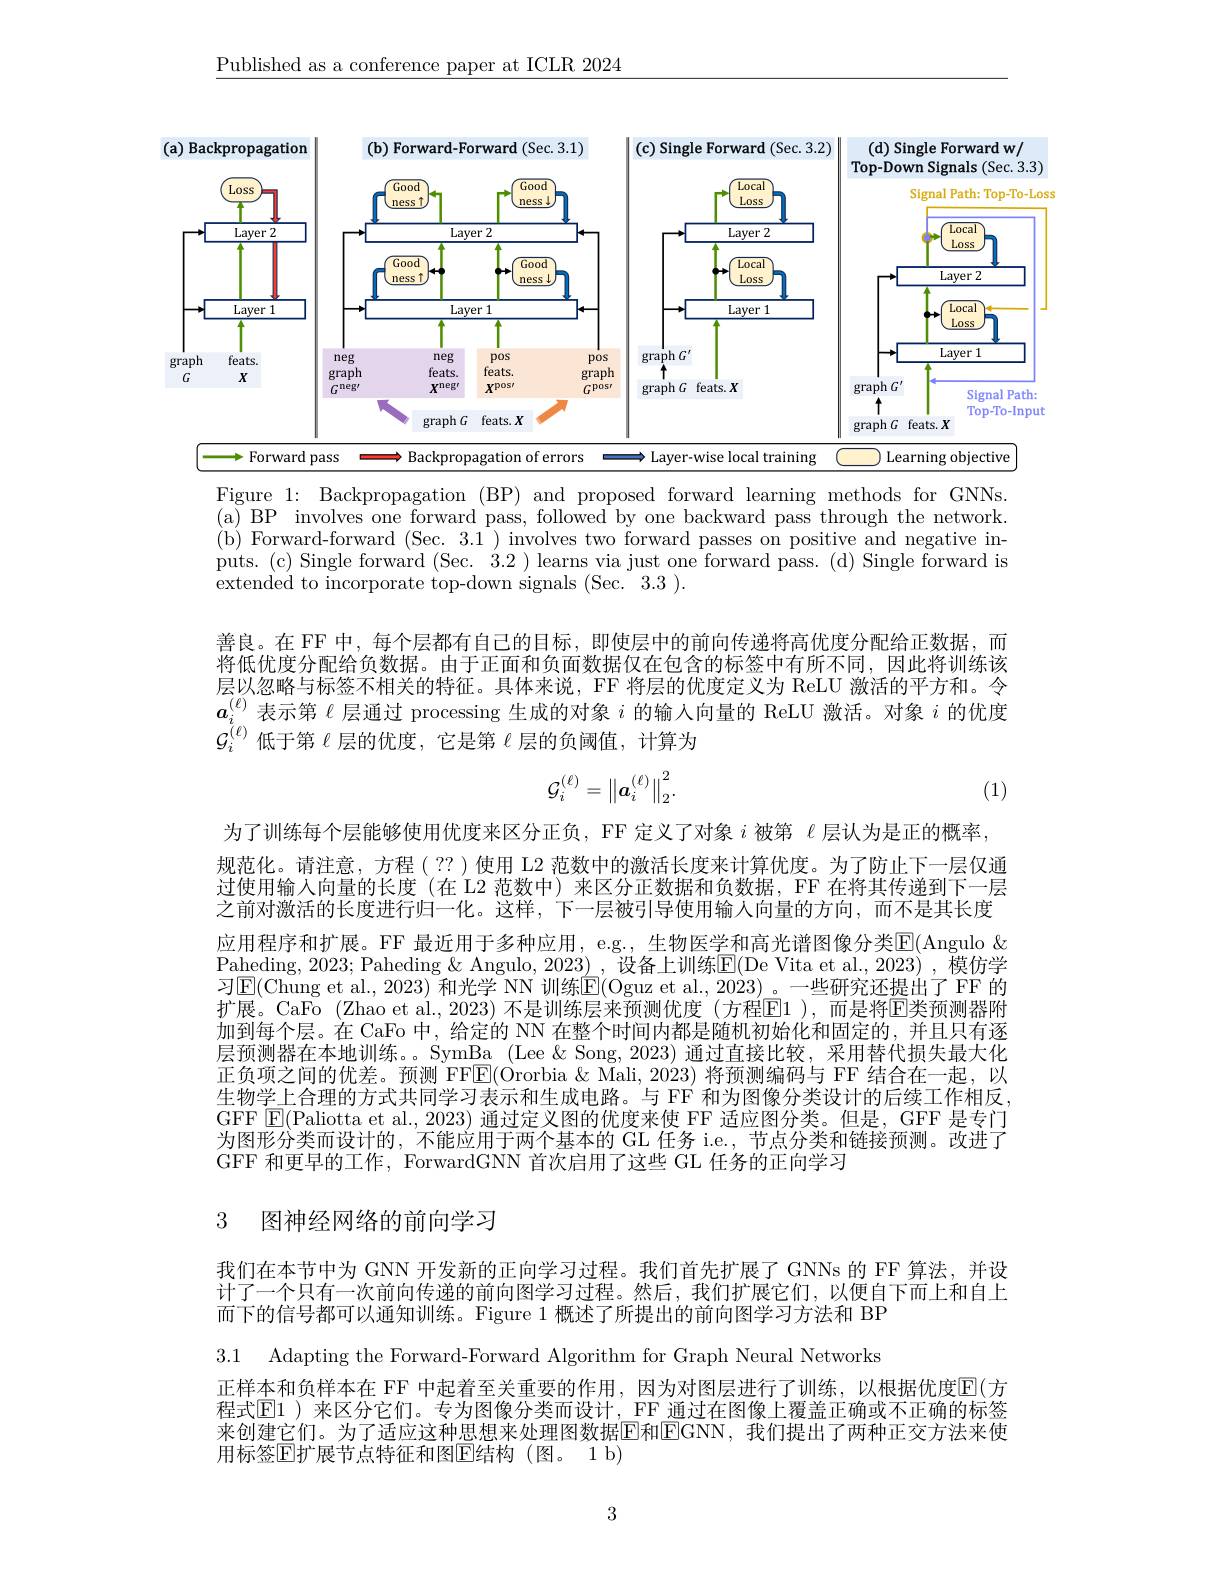
$\underline{\text{Published as a conference paper at ICLR 2024}}$

<FigureHere>

$(a)$

Figure 1: Backpropagation (BP) and proposed forward learning methods for GNNs. (a) BP involves one forward pass, followed by one backward pass through the network. ( b) Forward- forward ( Sec. 3. 1 ) involves two forward passes on positive and negative in- puts.(c) Single forward (Sec. 3.2 ) learns via just one forward pass. (d) Single forward is extended to incorporate top-down signals (Sec. 3.3 ).

善良。在 FF 中，每个层都有自己的目标，即使层中的前向传递将高优度分配给正数据，而将低优度分配给负数据。由于正面和负面数据仅在包含的标签中有所不同，因此将训练该层以忽略与标签不相关的特征。具体来说，FF 将层的优度定义为 ReLU 激活的平方和。令$\boldsymbol{a}_i^{(\ell)}$表示第$\ell$层通过 processing 生成的对象$i$的输入向量的 ReLU 激活。对象$i$的优度$\mathcal{G}_{i}^{(\ell)}$低于第$\ell$层的优度，它是第$\ell$层的负阈值，计算为
$$\mathcal{G}_i^{(\ell)}=\left\|a_i^{(\ell)}\right\|_2^2.$$
(1)

为了训练每个层能够使用优度来区分正负，FF 定义了对象$i$被第$\ell$层认为是正的概率， 规范化。请注意，方程(??)使用 L2 范数中的激活长度来计算优度。为了防止下一层仅通过使用输入向量的长度(在 L2 范数中)来区分正数据和负数据，FF 在将其传递到下一层之前对激活的长度进行归一化。这样，下一层被引导使用输人向量的方向，而不是其长度应用程序和扩展。FF 最近用于多种应用，e.g., 生物医学和高光谱图像分类$\overline{\mathrm{E}}($Angulo & Paheding, 2023; Paheding & Angulo, 2023) , 设备上训练E(De Vita et al.,2023) , 模仿学习$\operatorname{E}($Chung et al., 2023) 和光学 NN 训练$\operatorname{E}($Oguz et al., 2023)。一些研究还提出了 FF 的扩展。CaFo (Zhao et al., 2023) 不是训练层来预测优度 (方程E1 ),而是将$\overline{\mathrm{E}}$类预测器附加到每个层。在 CaFo 中，给定的 NN 在整个时间内都是随机初始化和固定的，并且只有逐层预测器在本地训练。。SymBa (Lee &Song,2023) 通过直接比较，采用替代损失最大化正负项之间的优差。预测 FFEl(Ororbia &Mali, 2023) 将预测编码与 FF 结合在一起，以生物学上合理的方式共同学习表示和生成电路。与 FF 和为图像分类设计的后续工作相反， GFF $\boxed{\mathrm{E}}($Paliotta et al., 2023) 通过定义图的优度来使 FF 适应图分类。但是，GFF 是专门为图形分类而设计的，不能应用于两个基本的 GL 任务 ie.,节点分类和链接预测。改进了GFF 和更早的工作，ForwardGNN 首次启用了这些 GL 任务的正向学习

# 3 图神经网络的前向学习

我们在本节中为 GNN 开发新的正向学习过程。我们首先扩展了 GNNs 的 FF算法，并设计了一个只有一次前向传递的前向图学习过程。然后，我们扩展它们，以便自下而上和自上而下的信号都可以通知训练。Figure 1 概述了所提出的前向图学习方法和 BP

3.1 Adapting the Forward-Forward Algorithm for Graph Neural Networks
正样本和负样本在 FF 中起着至关重要的作用，因为对图层进行了训练，以根据优度$\mathbb{E}($方程式$\overline{\mathbb{E}}$1 )来区分它们。专为图像分类而设计，FF 通过在图像上覆盖正确或不正确的标签来创建它们。为了适应这种思想来处理图数据E和EGNN，我 们 提 出 了 两 种 正 交 方 法 来 使 用标签$\mathbb{E}$扩展节点特征和图$\mathbb{E}$结构(图。1 b)

3